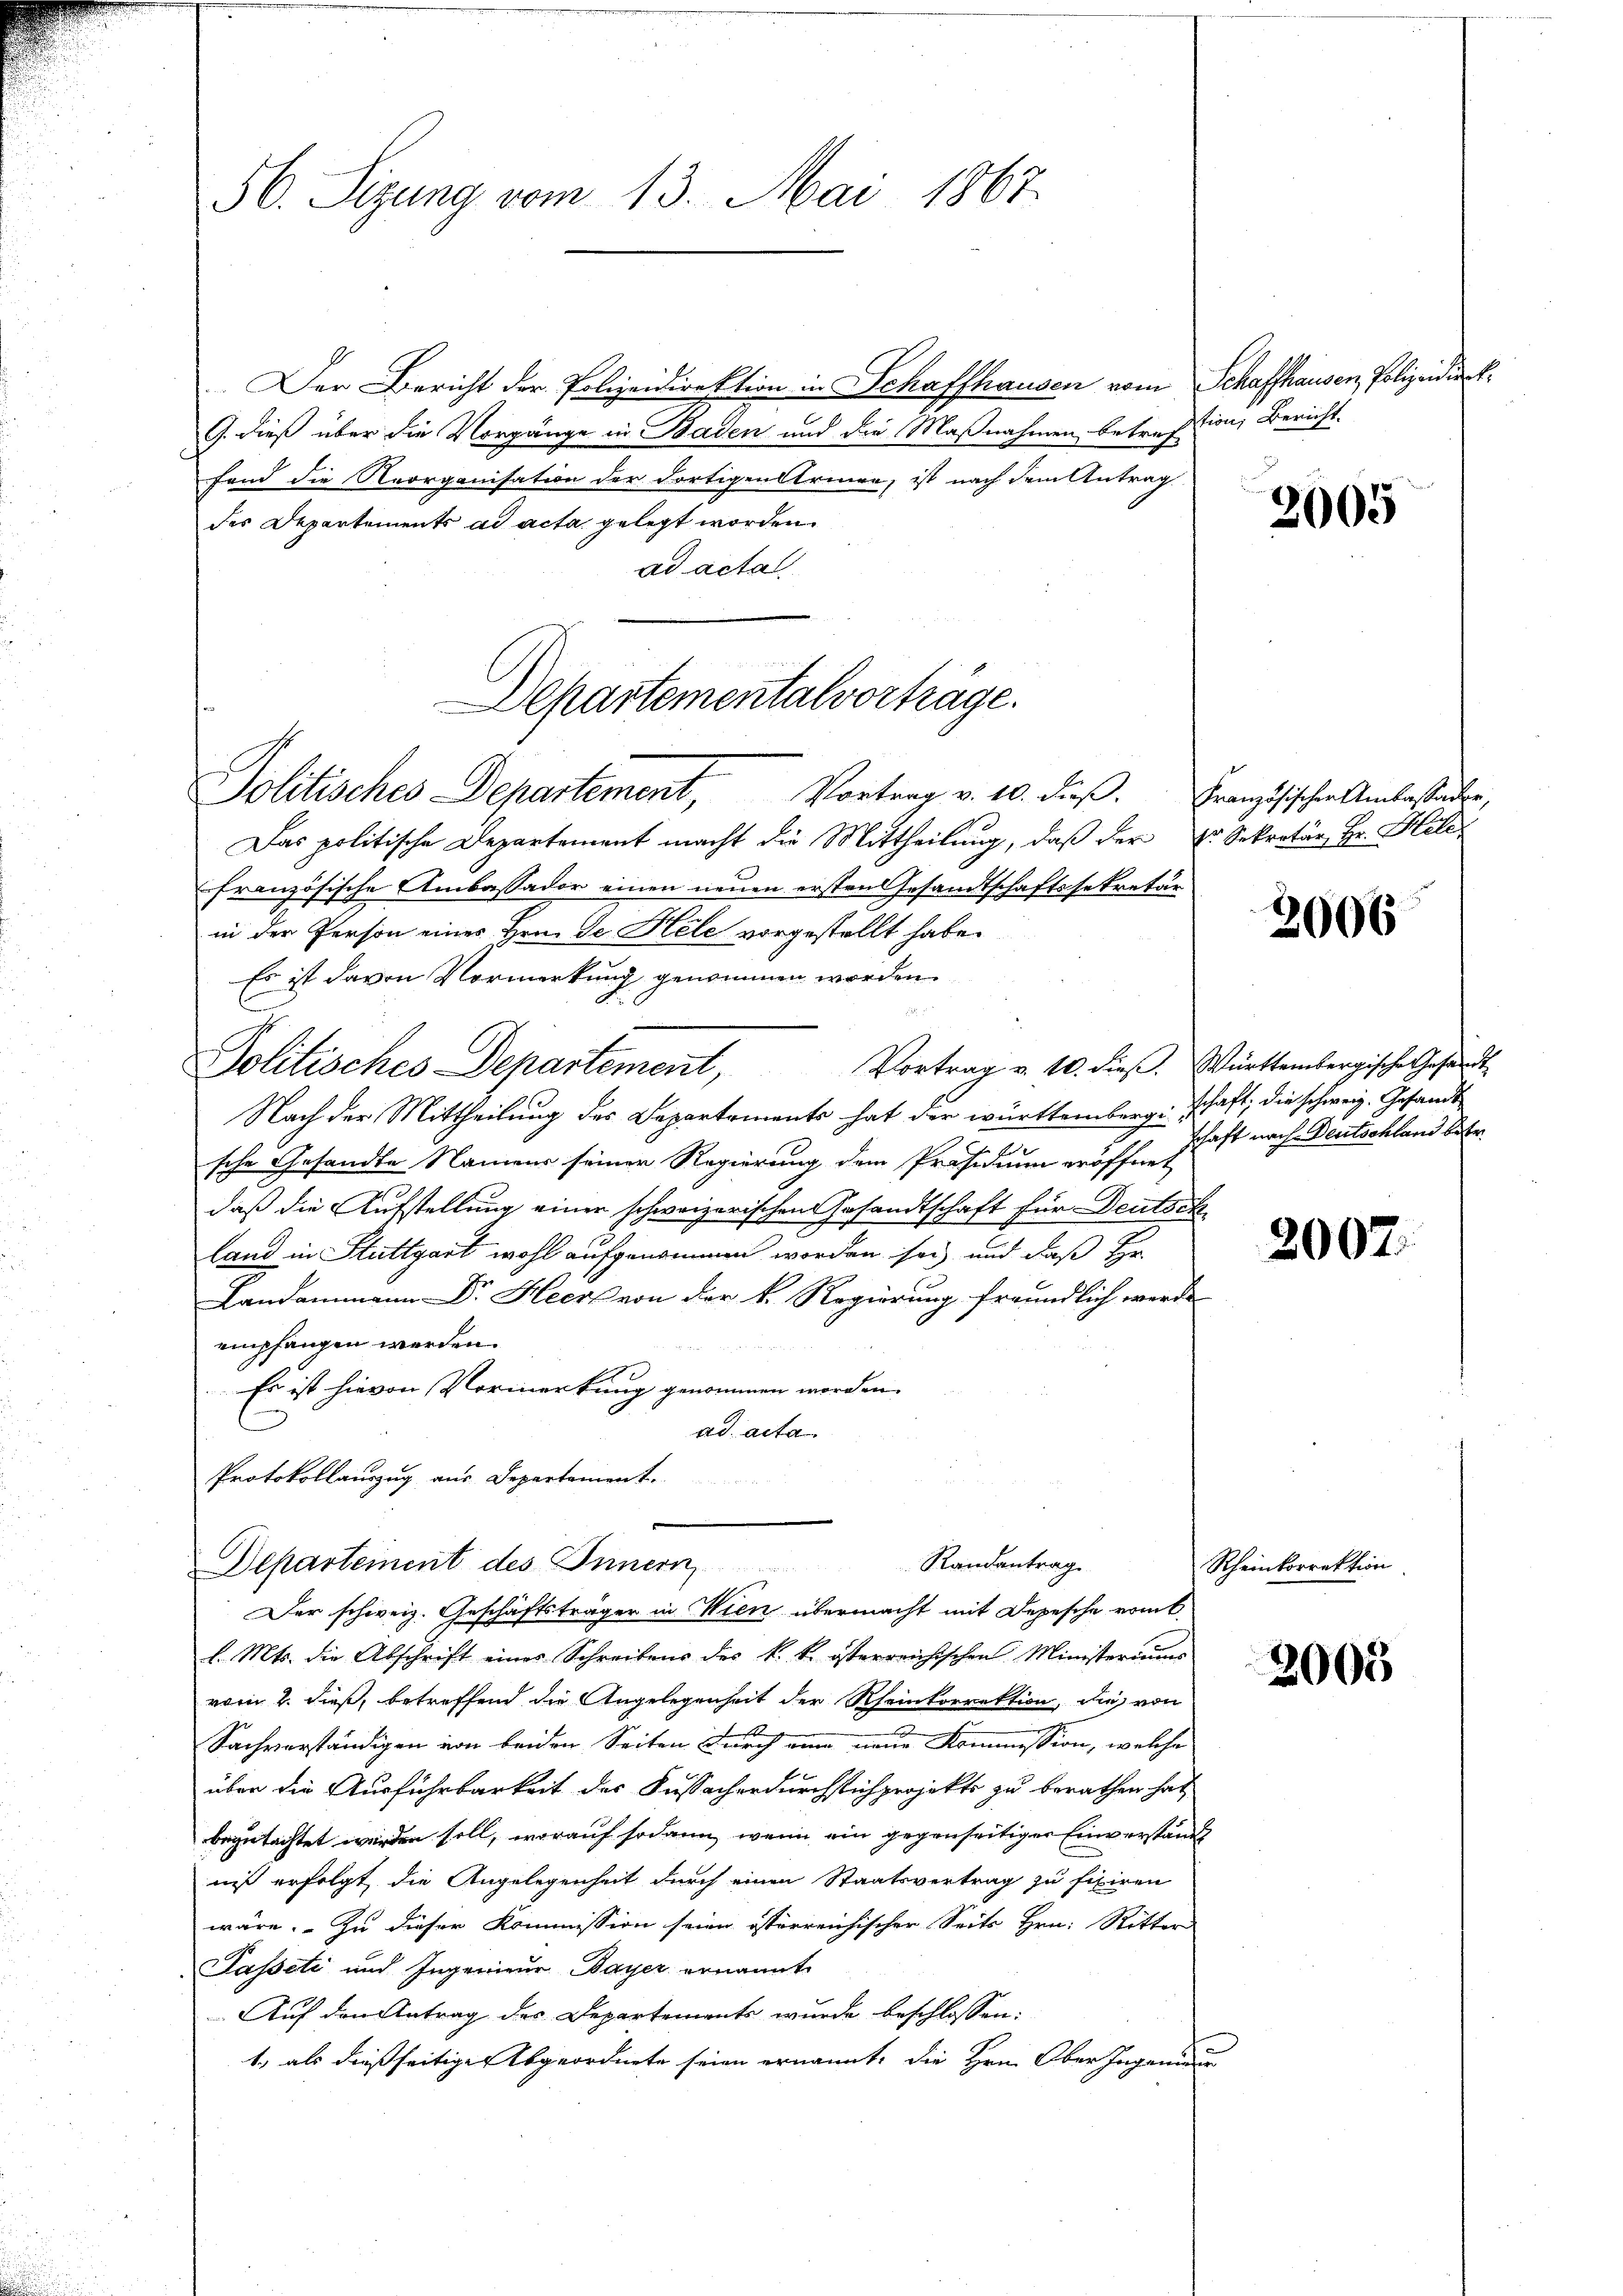
56. Sitzung vom 13. Mai 1867.

Der Bericht der Polizeidirektion in Schaffhausen vom Schaffhausen, Polizeidie k.
G. dieß über die Vorgänge in Baden und die Maßnahmen betref-
fand die Reorganisation der dortigen Armen, ist nach dem Antrag
des Departements ad acta gelegt worden.
ad acta
 22125
Departementalvorträge.

Politisches Departement, Vortrag v. 10. dieβ. Französischen Amtestander,
Das politische Departement macht die Mittheilung, daß der Dr. Sekretär, Hr. Hele
französische Ambassador einen neuen ersten Gesandtschaftssekretär
in der Person eines Hrn. Se Hele vorgestellt habe.
Es ist davon Vormerkung genommen worden.

Vortrag v. 10. dieβ. Württembergische Gesandt
Politisches Departement,
Nach der Mittheilung des Departements hat der württemberg schaft, die schweiz. Gesandt
sche Gesandte Namens seiner Regierung dem Präsidium eröffnet
daß die Aufstellung einer schweizerischen Gesandtschaft für Deutsch
land in Stuttgart wohl aufgenommen worden sei, und daß Hr.
Landammann Dr. Heert von der k. Regierung freundlich werde
empfangen werden.
Es ist hievon Vormerkung genommen worden.
ad acta
Protokollauszug aus Departement.
Randantrag
Departement des Innern,
Der schweiz. Geschäftsträger in Wien übermacht mit Depesche vom
l. Mts. die Abschrift eines Schreibens des k. k. österreichischen Ministeriums
vom 2. dieß, betreffend die Angelegenheit der Rheinkorrektion, die von
Sachverständigen von beiden Seiten durch eine neue Kommission, welche
f
über die Ausführbarkeit des Fussacherdurchstichprojekts zu berathen hat,
begutachtet werden soll, worauf sodann, wenn ein gegenseitiger Einverstand
iis erfolgt, die Angelegenheit durch einen Staatsvertrag zu fixiren
wäre. Zu dieser Kommission seien österreichischer Seits Hrn. Ritter
Passati und Ingenieur Dayer ernannt
Auf den Antrag des Departements wurde beschlossen:
1) als dießseitige Abgeordnete seien ernannt, die Hrn. Ober Ingenieur

tion; Bericht.

2005

3006

schaft nach Deutschland betr.

2007.

Rheinkorrektion

2005